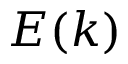
E ( k )